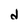
Character: d